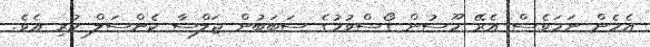
އެހެން ނަމަވެސް އެރޭ މޫސުން ގޯސްވުމުގެ ސަބަބުން ޖަލްސާ ކެންސަލް ކުރި އެވެ.